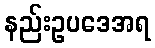
နည်းဥပဒေအရ